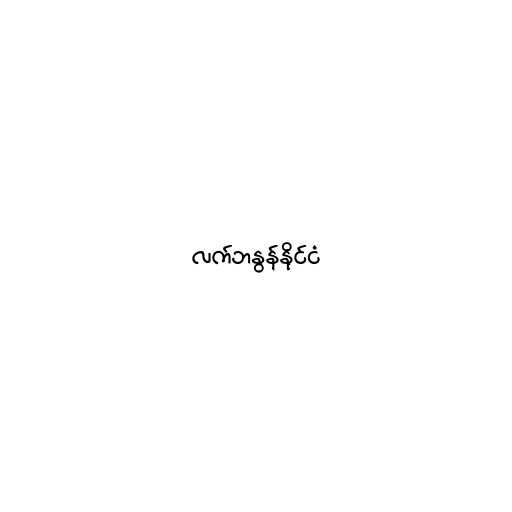
လက်ဘနွန်နိုင်ငံ